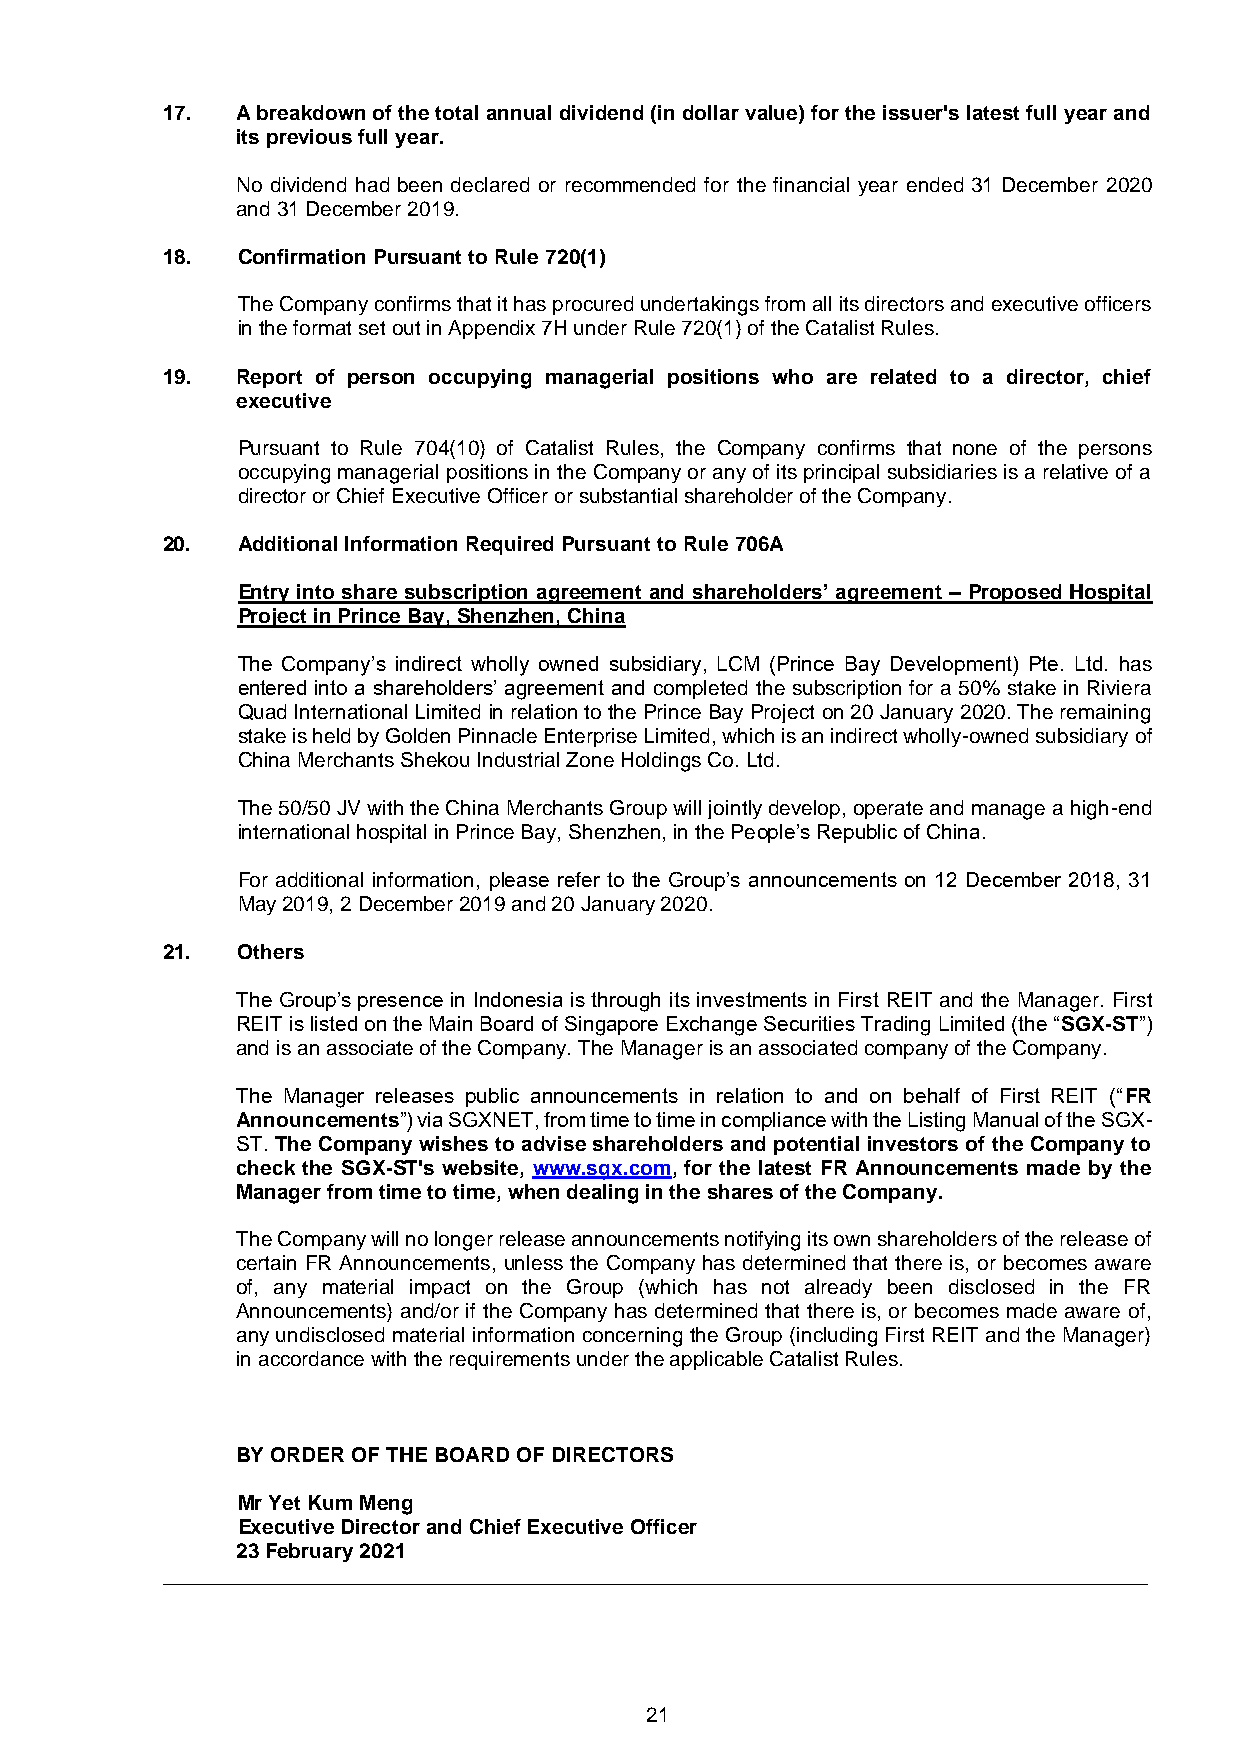
17.  A breakdown of the total annual dividend (in dollar value) for the issuer's latest full year and
 its previous full year.
 No dividend had been declared or recommended for the financial year ended 31 December 2020
 and 31 December 2019.
 18.  Confirmation Pursuant to Rule 720(1)
 The Company confirms that it has procured undertakings from all its directors and executive officers
 in the format set out in Appendix 7H under Rule 720(1) of the Catalist Rules.
 19.  Report of person occupying managerial positions who are related to a director, chief
 executive
 Pursuant to Rule 704(10) of Catalist Rules, the Company confirms that none of the persons
 occupying managerial positions in the Company or any of its principal subsidiaries is a relative of a
 director or Chief Executive Officer or substantial shareholder of the Company.
 20.  Additional Information Required Pursuant to Rule 706A
 Entry into share subscription agreement and shareholders’ agreement – Proposed Hospital
 Project in Prince Bay, Shenzhen, China
 The Company’s indirect wholly owned subsidiary, LCM (Prince Bay Development) Pte. Ltd. has
 entered into a shareholders’ agreement and completed the subscription for a 50% stake in Riviera
 Quad International Limited in relation to the Prince Bay Project on 20 January 2020. The remaining
 stake is held by Golden Pinnacle Enterprise Limited, which is an indirect wholly-owned subsidiary of
 China Merchants Shekou Industrial Zone Holdings Co. Ltd.
 The 50/50 JV with the China Merchants Group will jointly develop, operate and manage a high-end
 international hospital in Prince Bay, Shenzhen, in the People’s Republic of China.
 For additional information, please refer to the Group’s announcements on 12 December 2018, 31
 May 2019, 2 December 2019 and 20 January 2020.
 21.  Others
 The Group’s presence in Indonesia is through its investments in First REIT and the Manager. First
 REIT is listed on the Main Board of Singapore Exchange Securities Trading Limited (the “SGX-ST”)
 and is an associate of the Company. The Manager is an associated company of the Company.
 The Manager releases public announcements in relation to and on behalf of First REIT (“FR
 Announcements”) via SGXNET, from time to time in compliance with the Listing Manual of the SGX-
 ST. The Company wishes to advise shareholders and potential investors of the Company to
 check the SGX-ST's website, www.sgx.com, for the latest FR Announcements made by the
 Manager from time to time, when dealing in the shares of the Company.
 The Company will no longer release announcements notifying its own shareholders of the release of
 certain FR Announcements, unless the Company has determined that there is, or becomes aware
 of, any material impact on the Group (which has not already been disclosed in the FR
 Announcements) and/or if the Company has determined that there is, or becomes made aware of,
 any undisclosed material information concerning the Group (including First REIT and the Manager)
 in accordance with the requirements under the applicable Catalist Rules.
 BY ORDER OF THE BOARD OF DIRECTORS
 Mr Yet Kum Meng
 Executive Director and Chief Executive Officer
 23 February 2021
 _____________________________________________________________________________________
 21